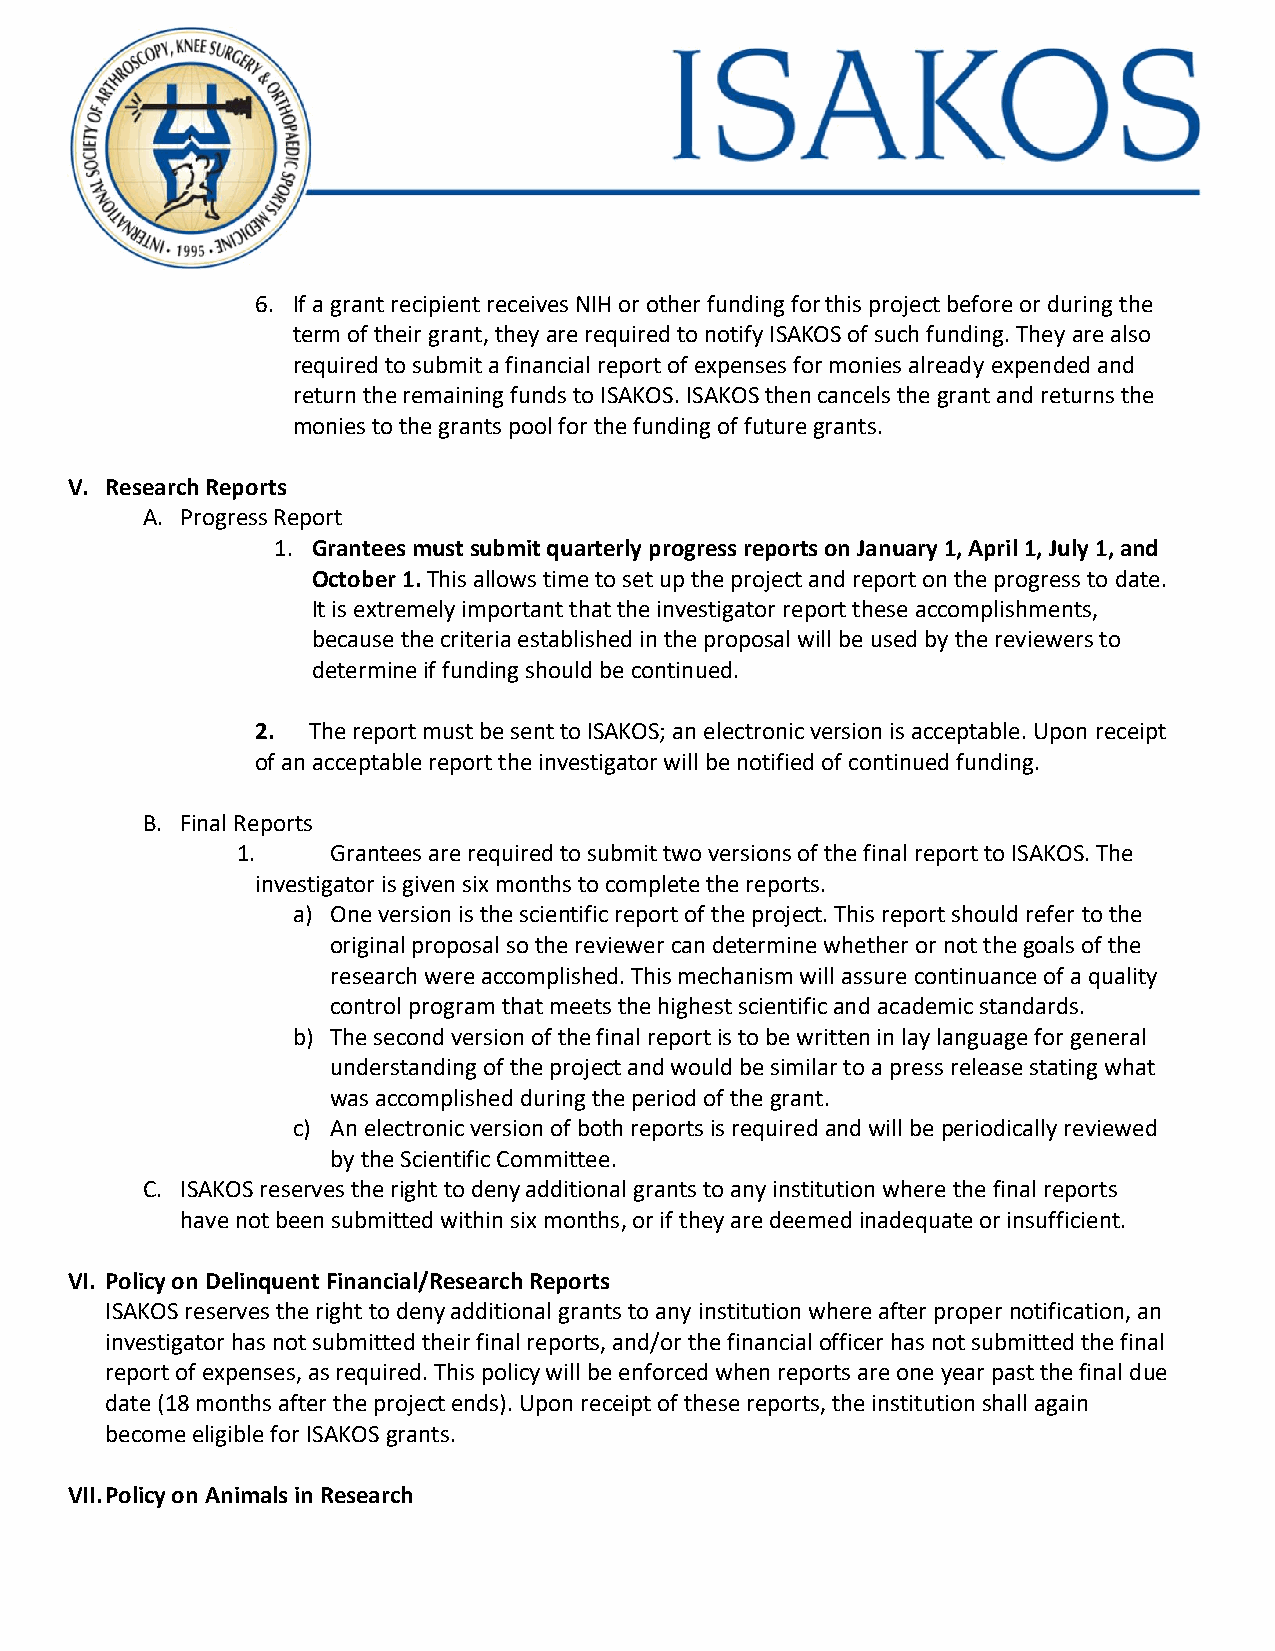
6. If a grant recipient receives NIH or other funding for this project before or during the
 term of their grant, they are required to notify ISAKOS of such funding. They are also
 required to submit a financial report of expenses for monies already expended and
 return the remaining funds to ISAKOS. ISAKOS then cancels the grant and returns the
 monies to the grants pool for the funding of future grants.
 V. Research Reports
 A. Progress Report
 1. Grantees must submit quarterly progress reports on January 1, April 1, July 1, and
 October 1. This allows time to set up the project and report on the progress to date.
 It is extremely important that the investigator report these accomplishments,
 because the criteria established in the proposal will be used by the reviewers to
 determine if funding should be continued.
 2. The report must be sent to ISAKOS; an electronic version is acceptable. Upon receipt
 of an acceptable report the investigator will be notified of continued funding.
 B. Final Reports
 1.    Grantees are required to submit two versions of the final report to ISAKOS. The
 investigator is given six months to complete the reports.
 a) One version is the scientific report of the project. This report should refer to the
 original proposal so the reviewer can determine whether or not the goals of the
 research were accomplished. This mechanism will assure continuance of a quality
 control program that meets the highest scientific and academic standards.
 b) The second version of the final report is to be written in lay language for general
 understanding of the project and would be similar to a press release stating what
 was accomplished during the period of the grant.
 c) An electronic version of both reports is required and will be periodically reviewed
 by the Scientific Committee.
 C. ISAKOS reserves the right to deny additional grants to any institution where the final reports
 have not been submitted within six months, or if they are deemed inadequate or insufficient.
 VI. Policy on Delinquent Financial/Research Reports
 ISAKOS reserves the right to deny additional grants to any institution where after proper notification, an
 investigator has not submitted their final reports, and/or the financial officer has not submitted the final
 report of expenses, as required. This policy will be enforced when reports are one year past the final due
 date (18 months after the project ends). Upon receipt of these reports, the institution shall again
 become eligible for ISAKOS grants.
 VII. Policy on Animals in Research